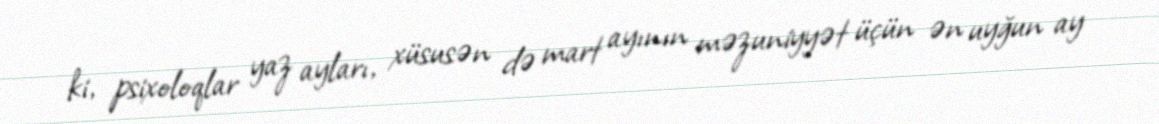
ki, psixoloqlar yaz ayları, xüsusən də mart ayının məzuniyyət üçün ən uyğun ay